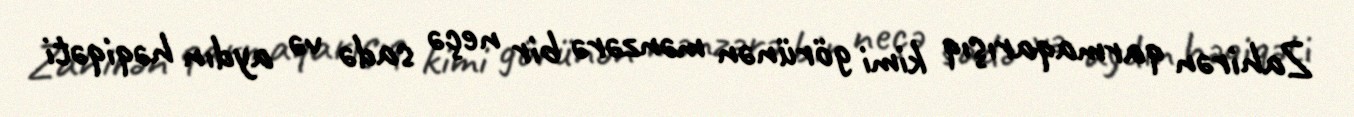
Zahirən qarmaqarışıq kimi görünən mənzərə bir neçə sadə və aydın həqiqəti